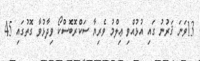
13ވަނަ ޤަރުނު ގައި އުޅުއްވި ޢިލްމު ވެރިޔާ ސަކްރޮބޮސްކޯ ވިދާޅުވާ ގޮތުގައި 45